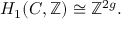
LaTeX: H _ { 1 } ( C , \mathbb { Z } ) \cong \mathbb { Z } ^ { 2 g } .